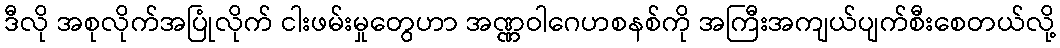
ဒီလို အစုလိုက်အပြုံလိုက် ငါးဖမ်းမှုတွေဟာ အဏ္ဏဝါဂေဟစနစ်ကို အကြီးအကျယ်ပျက်စီးစေတယ်လို့